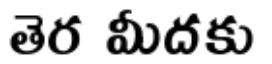
తెర మీదకు